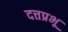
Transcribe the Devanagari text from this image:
दत्तप्रभू